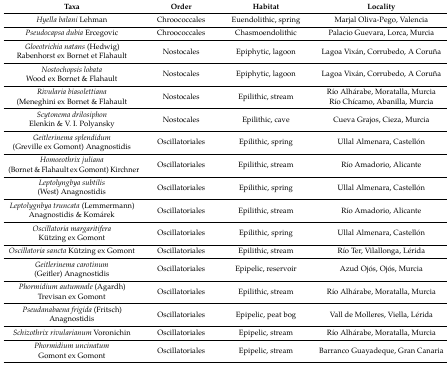
| Taxa | Order | Habitat | Locality |
 | --- | --- | --- | --- |
 | Hyella balani Lehman | Chroococcales | Euendolithic, spring | Marjal Oliva-Pego, Valencia |
 | Pseudocapsa dubia Ercegovic | Chroococcales | Chasmoendolithic | Palacio Guevara, Lorca, Murcia |
 | Gloeotrichia natans (Hedwig) Rabenhorst ex Bornet et Flahault | Nostocales | Epiphytic, lagoon | Lagoa Vixán, Corrubedo, A Coruña |
 | Nostochopsis lobata Wood ex Bornet & Flahault | Nostocales | Epiphytic, lagoon | Lagoa Vixán, Corrubedo, A Coruña |
 | Rivularia biasolettiana (Meneghini ex Bornet & Flahault | Nostocales | Epilithic, stream | Río Alhárabe, Moratalla, MurciaRío Chícamo, Abanilla, Murcia |
 | Scytonema drilosiphon Elenkin & V. I. Polyansky | Nostocales | Epilithic, cave | Cueva Grajos, Cieza, Murcia |
 | Geitlerinema splendidum (Greville ex Gomont) Anagnostidis | Oscillatoriales | Epilithic, spring | Ullal Almenara, Castellón |
 | Homoeothrix juliana (Bornet & Flahault ex Gomont) Kirchner | Oscillatoriales | Epilithic, stream | Río Amadorio, Alicante |
 | Leptolyngbya subtilis (West) Anagnostidis | Oscillatoriales | Epilithic, spring | Ullal Almenara, Castellón |
 | Leptolygnbya truncata (Lemmermann) Anagnostidis & Komárek | Oscillatoriales | Epilithic, stream | Río Amadorio, Alicante |
 | Oscillatoria margaritifera Kützing ex Gomont | Oscillatoriales | Epilithic, spring | Ullal Almenara, Castellón |
 | Oscillatoria sancta Kützing ex Gomont | Oscillatoriales | Epilithic, stream | Río Ter, Vilallonga, Lérida |
 | Geitlerinema carotinum (Geitler) Anagnostidis | Oscillatoriales | Epipelic, reservoir | Azud Ojós, Ojós, Murcia |
 | Phormidium autumnale (Agardh) Trevisan ex Gomont | Oscillatoriales | Epilithic, stream | Río Alhárabe, Moratalla, Murcia |
 | Pseudanabaena frigida (Fritsch) Anagnostidis | Oscillatoriales | Epipelic, peat bog | Vall de Molleres, Viella, Lérida |
 | Schizothrix rivularianum Voronichin | Oscillatoriales | Epipelic, stream | Río Alhárabe, Moratalla, Murcia |
 | Phormidium uncinatum Gomont ex Gomont | Oscillatoriales | Epipelic, stream | Barranco Guayadeque, Gran Canaria |